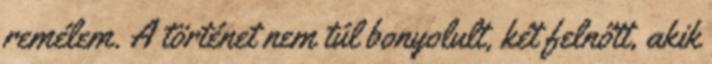
remélem. A történet nem túl bonyolult, két felnőtt, akik